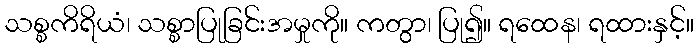
သစ္စကိရိယံ၊ သစ္စာပြုခြင်းအမှုကို။ ကတွာ၊ ပြု၍။ ရထေန၊ ရထားနှင့်။